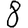
Digit: 8